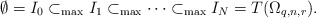
\begin{align*}\emptyset=I_0\subset_{\max} I_1\subset_{\max}\cdots \subset_{\max} I_N=T(\Omega_{q,n,r}).\end{align*}